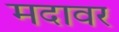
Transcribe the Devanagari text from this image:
मदावर